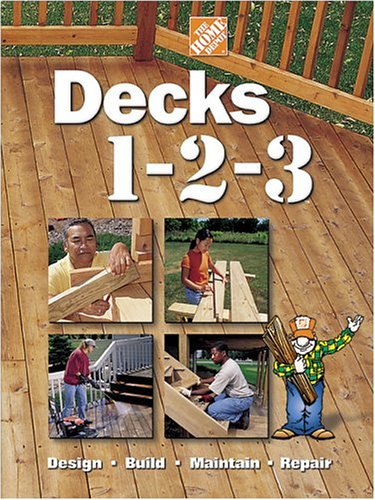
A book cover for Decks 1-2-3 (Home Depot ... 1-2-3); Home Depot Books; Crafts, Hobbies & Home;